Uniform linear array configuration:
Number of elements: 16
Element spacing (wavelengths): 0.25
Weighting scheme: binomial
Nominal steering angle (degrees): -30
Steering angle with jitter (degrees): -31.95
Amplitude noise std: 0.05
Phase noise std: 0.05

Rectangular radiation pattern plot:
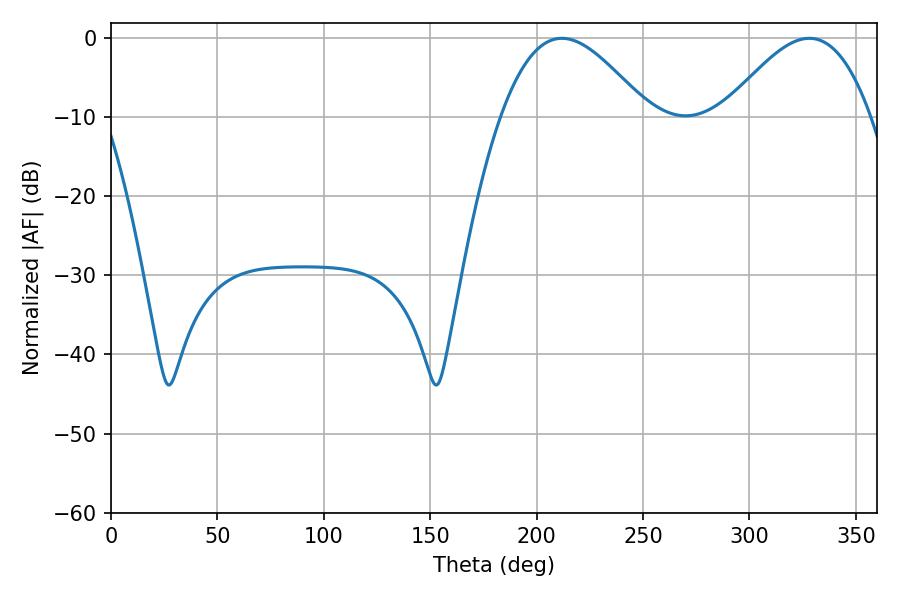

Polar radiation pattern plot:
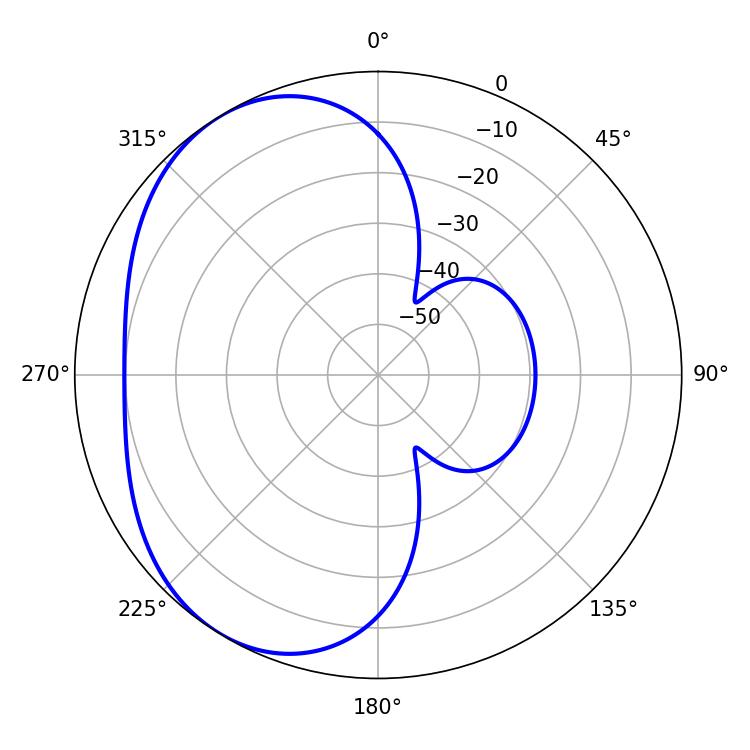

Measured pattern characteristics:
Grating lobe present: FALSE
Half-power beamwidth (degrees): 37.08
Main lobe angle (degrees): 211.86